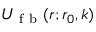
U _ { \mathrm { ~ f ~ b ~ } } ( r ; r _ { 0 } , k )